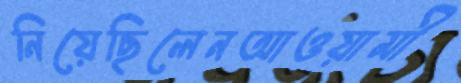
নিয়েছিলেনআওয়ামী